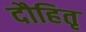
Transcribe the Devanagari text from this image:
दौहितृ